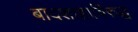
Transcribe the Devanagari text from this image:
बादशाहाविरुद्ध